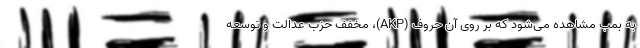
به بمب مشاهده می‌شود که بر روی آن حروف (AKP)، مخفف حزب عدالت و توسعه